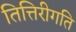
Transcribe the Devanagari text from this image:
तित्तिरीगति